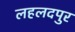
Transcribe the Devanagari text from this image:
लहलदपुर